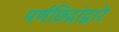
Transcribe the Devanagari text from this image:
पर्णछिद्रांद्वारे